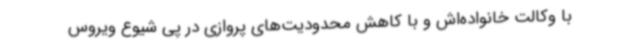
با وکالت خانواده‌اش و با کاهش محدودیت‌های پروازی در پی شیوع ویروس